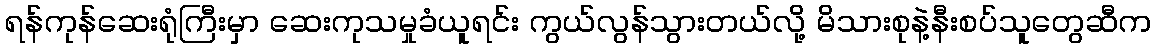
ရန်ကုန်ဆေးရုံကြီးမှာ ဆေးကုသမှုခံယူရင်း ကွယ်လွန်သွားတယ်လို့ မိသားစုနဲ့နီးစပ်သူတွေဆီက